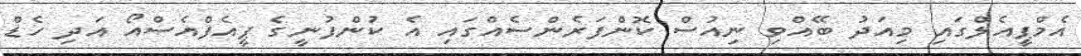
އެމްޕީއެލްގައި މިއަދު ބޭއްވި ނިއުސް ކޮންފަރެންސެއްގައި އެ ކުންފުނީގެ ޕީއެފްއެސްއޯ އަދި ހެޑް